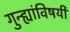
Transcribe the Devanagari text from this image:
गुन्ह्यांविषयी